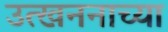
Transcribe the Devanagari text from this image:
उत्खननाच्या